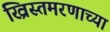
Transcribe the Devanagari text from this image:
ख्रिस्तमरणाच्या